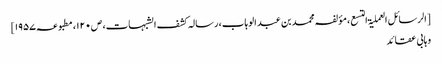
[الرسائل العملیۃ التسع، مؤلفہ محمد بن عبد الوہاب، رسالہ کشف الشبہات، ص۱۲۰، مطبوعہ ۱۹۵۷]
وہابی عقائد